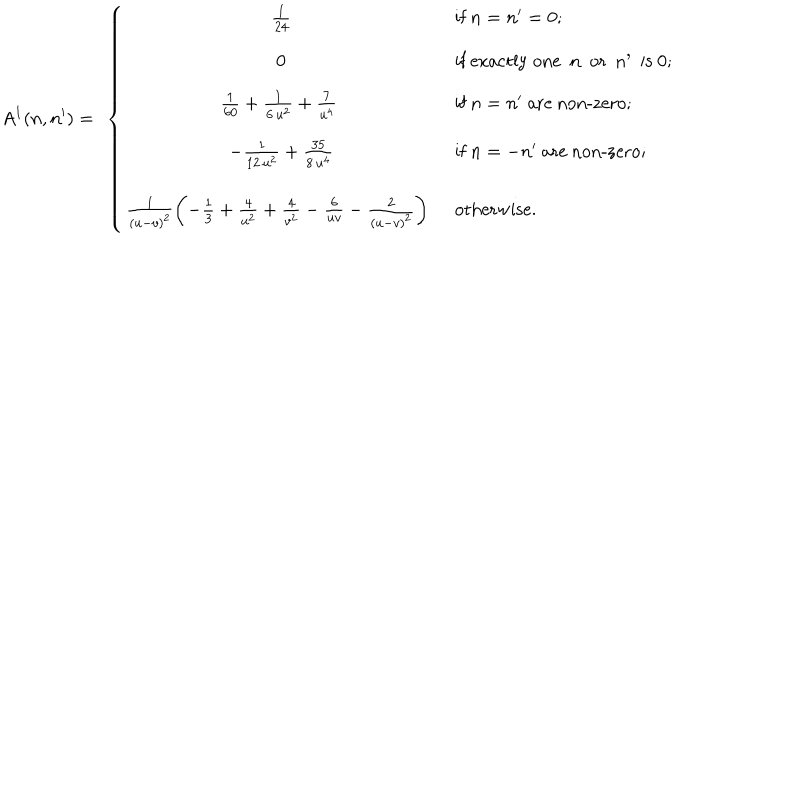
A ^ { 1 } ( n , n ^ { \prime } ) = \ \left\{ \begin{array} { c l } { { \frac { 1 } { 2 4 } } } & { { \textrm { i f } n = n ^ { \prime } = 0 ; } } \\ { { 0 } } & { { \textrm { i f e x a c t l y o n e n o r n ^ { \prime } i s 0 } ; } } \\ { { \frac { 1 } { 6 0 } + \frac { 1 } { 6 \, u ^ { 2 } } + \frac { 7 } { u ^ { 4 } } \ } } & { { \textrm { i f } n = n ^ { \prime } \textrm { a r e n o n - z e r o } ; } } \\ { { - \frac { 1 } { 1 2 \, u ^ { 2 } } + \frac { 3 5 } { 8 \, u ^ { 4 } } } } & { { \textrm { i f } n = - n ^ { \prime } \textrm { a r e n o n - z e r o } ; } } \\ { { \frac { 1 } { ( u - v ) ^ { 2 } } \left( - \frac { 1 } { 3 } + \frac { 4 } { u ^ { 2 } } + \frac { 4 } { v ^ { 2 } } - \frac { 6 } { u v } - \frac { 2 } { ( u - v ) ^ { 2 } } \right) \ } } & { { \textrm { o t h e r w i s e . } } } \\ \end{array} \right.